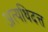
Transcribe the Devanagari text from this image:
अत्यधिदत्त